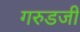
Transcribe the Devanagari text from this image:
गरुडजी